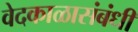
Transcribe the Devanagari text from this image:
वेदकाळासंबंधी